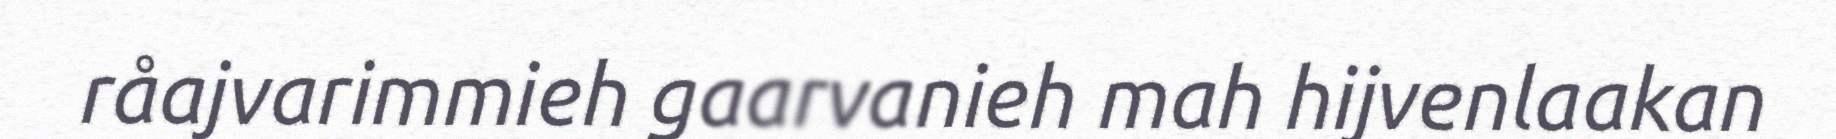
råajvarimmieh gaarvanieh mah hijvenlaakan